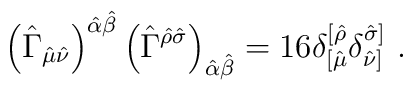
\left( \hat \Gamma_{\hat \mu\hat \nu}\right) ^{\hat \alpha\hat \beta}\left( \hat \Gamma^{\hat \rho\hat \sigma}\right) _{\hat \alpha\hat\beta} =16\delta_{[\hat \mu}^{[\hat \rho}\delta_{\hat \nu]}^{\hat \sigma]}\ .